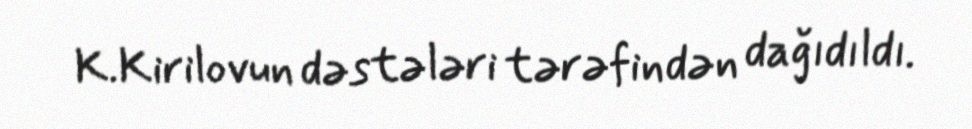
K.Kirilovun dəstələri tərəfindən dağıdıldı.